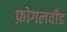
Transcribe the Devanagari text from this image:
फ़ोगलवीड